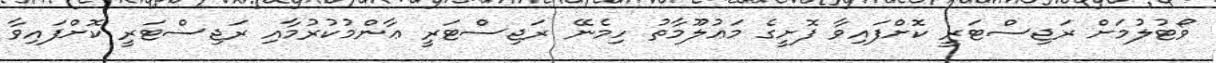
ވޯޓުލުމަށް ރަޖިސްޓަރީ ކޮށްފައިވާ ފޮށީގެ މަޢުލޫމާތު ހިމެނޭ ރަޖިސްޓަރީ ޢާންމުކުރުމާއި ރަޖިސްޓަރީ ކޮށްފައިވާ